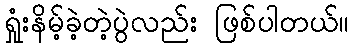
ရှုံးနိမ့်ခဲ့တဲ့ပွဲလည်း ဖြစ်ပါတယ်။